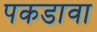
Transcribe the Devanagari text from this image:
पकडावा